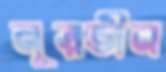
নূরভীন